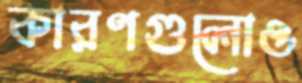
কারণগুলোও